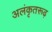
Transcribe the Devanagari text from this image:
अलंकृतरूढ़